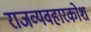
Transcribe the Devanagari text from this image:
राजव्यवहारकोश